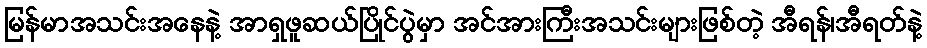
မြန်မာအသင်းအနေနဲ့ အာရှဖူဆယ်ပြိုင်ပွဲမှာ အင်အားကြီးအသင်းများဖြစ်တဲ့ အီရန်၊အီရတ်နဲ့